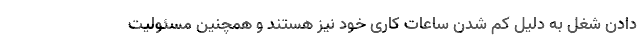
دادن شغل به دلیل کم شدن ساعات کاری خود نیز هستند و همچنین مسئولیت